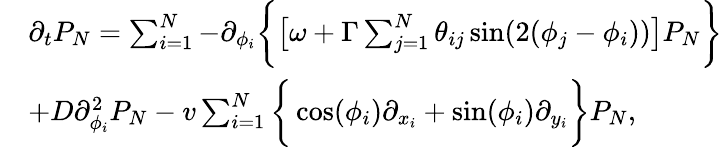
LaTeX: \begin{array}{rl}&{\partial_{t}P_{N}=\sum_{i=1}^{N}-\partial_{\phi_{i}}\bigg\{ \big[\omega+\Gamma\sum_{j=1}^{N}\theta_{ij}\sin(2(\phi_{j}-\phi_{i}))\big]P_{N}\bigg\} }\\ &{+D\partial_{\phi_{i}}^{2}P_{N}-v\sum_{i=1}^{N}\bigg\{ \cos(\phi_{i})\partial_{x_{i}}+\sin(\phi_{i})\partial_{y_{i}}\bigg\} P_{N},}\end{array}